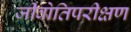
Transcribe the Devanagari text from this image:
जीवोतिपरीक्षण